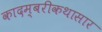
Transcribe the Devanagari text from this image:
कादम्बरीकथासार